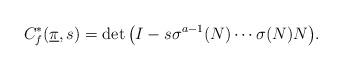
LaTeX: \begin{align*}C_f^*(\underline{\pi}, s)= \det\big(I-s \sigma^{a-1}(N) \cdots \sigma(N) N \big).\end{align*}